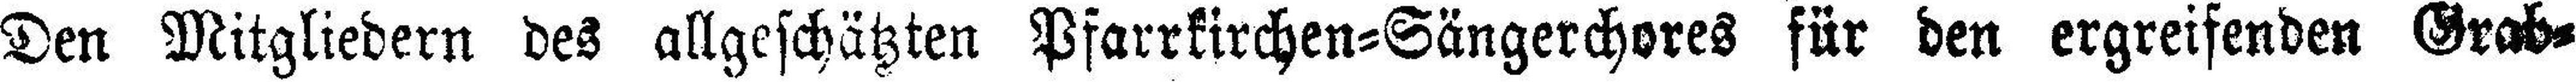
Den Mitgliedern des allgeschätzten Pfarrkirchen=Sängerchores für den ergreifenden Grab¬